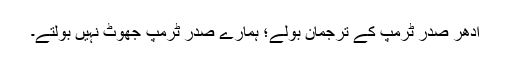
اُدھر صدر ٹرمپ کے ترجمان بولے؛ ہمارے صدر ٹرمپ جھوٹ نہیں بولتے۔